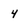
Character: 4